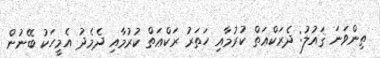
ތިންވަނަ ޤައުލު: ދެރަކްޢަތް ކުރުމާއި ހަތަރު ރަކްޢަތް ކުރުމާއި ދެމެދު އެމީހަކު ބޭނުން